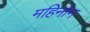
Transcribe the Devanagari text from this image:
महिनोन